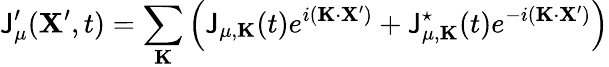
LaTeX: \mathsf{J}_{\mu}^{\prime}({\mathbf{X}}^{\prime},t)=\sum_{\mathbf{K}}\left(\mathsf{J}_{\mu,{\mathbf{K}}}(t)e^{i({\mathbf{K}}\cdot{\mathbf{X}^{\prime}})}+\mathsf{J}_{\mu,{\mathbf{K}}}^{\star}(t)e^{-i({\mathbf{K}}\cdot{\mathbf{X}^{\prime}})}\right)